Civil Veterinary Dept. North-West Frontier Province 1901-22 - 1901-1922
Year: 1901
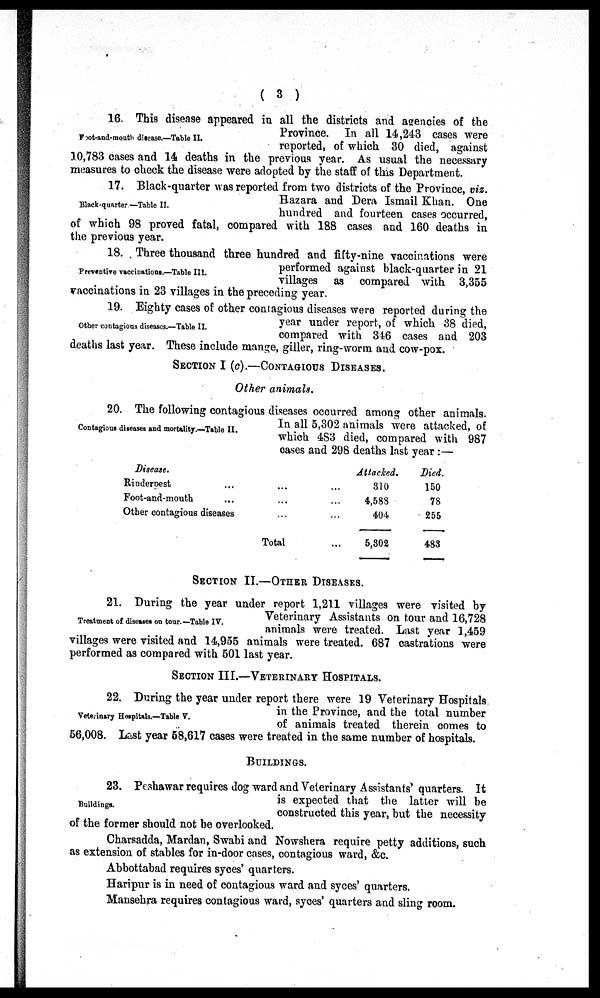
(3)
Foot-and-mouth disease.—Table II.
16. This disease appeared in all the districts and agencies of the
Province. In all 14,243 cases were
reported, of which 30 died, against
10,783 cases and 14 deaths in the previous year. As usual the necessary
measures to check the disease were adopted by the staff of this Department.
Black-quarter—Table II.
17. Black-quarter was reported from two districts of the Province, viz.
Hazara and Dera Ismail Khan. One
hundred and fourteen cases occurred,
of which 98 proved fatal, compared with 188 cases and 160 deaths in
the previous year.
Preventive vaccinations.—Table III.
18. Three thousand three hundred and fifty-nine vaccinations were
performed against black-quarter in 21
villages as compared with 3,355
vaccinations in 23 villages in the preceding year.
Other contagious diseases.—Table II.
19. Eighty cases of other contagious diseases were reported during the
year under report, of which 38 died,
compared with 346 cases and 203
deaths last year. These include mange, giller, ring-worm and cow-pox.
SECTION I (C).—CONTAGIOUS DISEASES.
Other animals.
Contagious diseases and mortality.—Table II.
20. The following contagious diseases occurred among other animals.
In all 5,302 animals were attacked, of
which 483 died, compared with 987
oases and 298 deaths last year :—
Disease.
Rinderpest …
Foot-and-mouth …
Other contagious diseases
...
...
...
Total
Attacked.
... 310
... 4,588
… 404
5,302
Died.
150
78
255
483
SECTION II.—OTHER DISEASES.
Treatment of diseases on tour.—Table IV.
21. During the year under report 1,211 villages were visited by
Veterinary Assistants on tour and 16,728
animals were treated. Last year 1,459
villages were visited and 14,955 animals were treated. 687 castrations were
performed as compared with 501 last year.
SECTION III.—VETERINARY HOSPITALS.
Veterinary Hospitals.—Table V.
22. During the year under report there were 19 Veterinary Hospitals.
in the Province, and the total number
of animals treated therein comes to
56,008. Last year 58,617 cases were treated in the same number of hospitals.
BUILDINGS.
Buildings.
23. Peshawar requires dog ward and Veterinary Assistants' quarters. It
is expected that the latter will be
constructed this year, but the necessity
of the former should not be overlooked.
Charsadda, Mardan, Swabi and Nowshera require petty additions, such
as extension of stables for in-door cases, contagious ward, &c.
Abbottabad requires syces' quarters.
Haripur is in need of contagious ward and syces' quarters.
Mansehra requires contagious ward, syces' quarters and sling room.